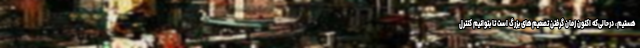
هستیم، درحالی‌که اکنون زمان گرفتن تصمیم‌های بزرگ است تا بتوانیم کنترل